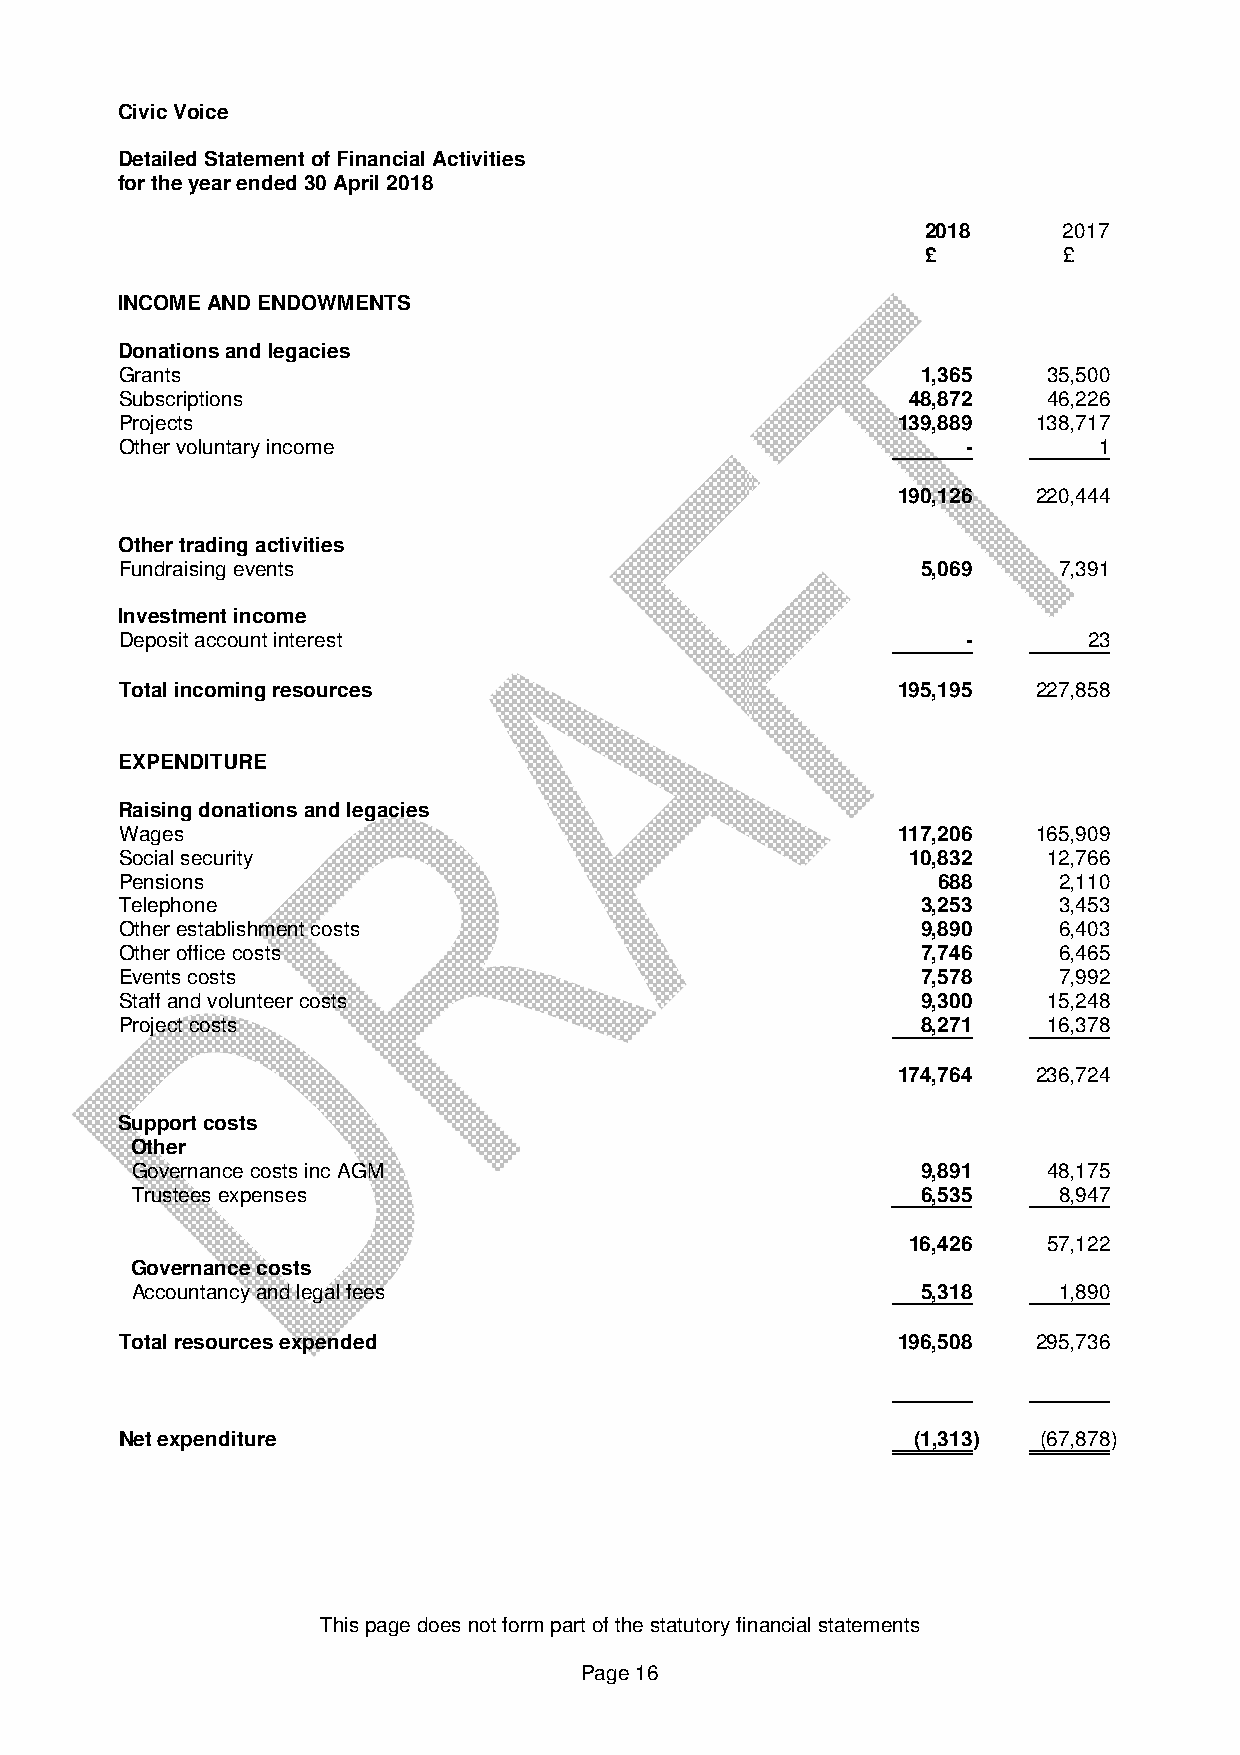
Civic Voice
 Detailed Statement of Financial Activities
 for the year ended 30 April 2018
 2018     2017
 £        £
 INCOME AND ENDOWMENTS
 Donations and legacies
 Grants                                               1,365   35,500
 Subscriptions                                       48,872   46,226
 Projects                                           139,889   138,717
 Other voluntary income                                  -        1
 190,126   220,444
 Other trading activities
 Fundraising events                                   5,069    7,391
 Investment income
 Deposit account interest                                -       23
 Total incoming resources                           195,195   227,858
 EXPENDITURE
 Raising donations and legacies
 Wages                                              117,206   165,909
 Social security                                     10,832   12,766
 Pensions                                              688     2,110
 Telephone                                            3,253    3,453
 Other establishment costs                            9,890    6,403
 Other office costs                                   7,746    6,465
 Events costs                                         7,578    7,992
 Staff and volunteer costs                            9,300   15,248
 Project costs                                        8,271   16,378
 174,764   236,724
 Support costs
 Other
 Governance costs inc AGM                            9,891   48,175
 Trustees expenses                                   6,535    8,947
 16,426   57,122
 Governance costs
 Accountancy and legal fees                          5,318    1,890
 Total resources expended                           196,508   295,736
 Net expenditure                                     (1,313)  (67,878)
 This page does not form part of the statutory financial statements
 Page 16